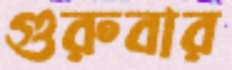
গুরুবার